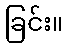
ခြင်း။